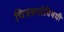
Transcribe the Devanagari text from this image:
चित्रकलेविषयी